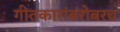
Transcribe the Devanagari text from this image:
गीतकारांबरोबरच